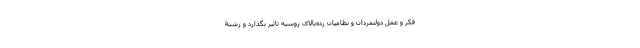
فکر و عمل دولتمردان و نظامیان رده‌بالای روسیه تاثیر بگذارد و رشتۀ